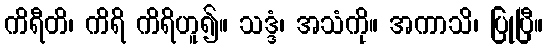
ကိရီတိ၊ ကိရိ ကိရိဟူ၍။ သဒ္ဒံ၊ အသံကို။ အကာသိ၊ ပြုပြီ။